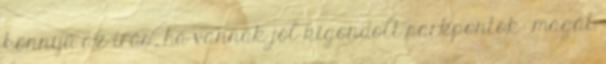
könnyű az írás, ha vannak jól kigondolt sarkpontok: magát